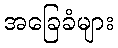
အခြေခံများ